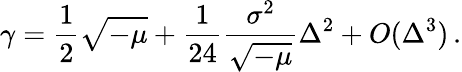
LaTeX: \gamma=\frac{1}{2}\sqrt{-\mu}+\frac{1}{24}\frac{\sigma^{2}}{\sqrt{-\mu}}\Delta^{2}+O(\Delta^{3})\, .